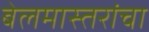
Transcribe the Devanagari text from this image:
बेलमास्तरांचा